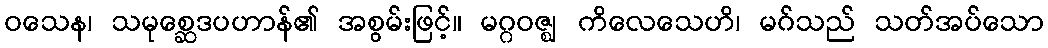
ဝသေန၊ သမုစ္ဆေဒပဟာန်၏ အစွမ်းဖြင့်။ မဂ္ဂဝဇ္ဈ ကိလေသေဟိ၊ မဂ်သည် သတ်အပ်သော